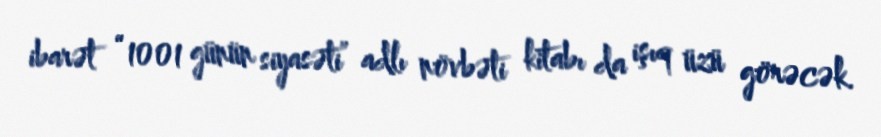
ibarət “1001 günün siyasəti” adlı növbəti kitabı da işıq üzü görəcək.